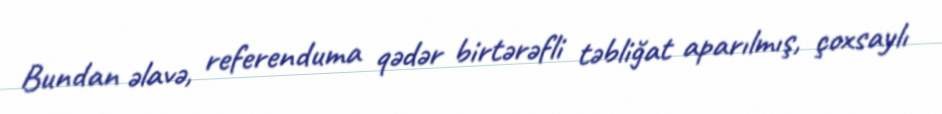
Bundan əlavə, referenduma qədər birtərəfli təbliğat aparılmış, çoxsaylı